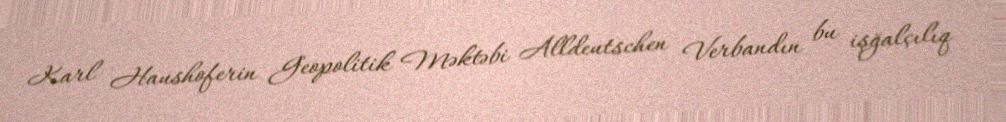
Karl Haushoferin Geopolitik Məktəbi Alldeutschen Verbandın bu işğalçılıq